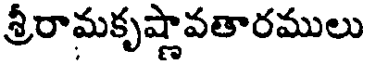
శ్రీరామకృష్ణావతారములు